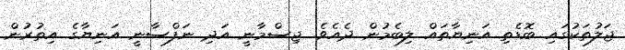
ޖަލުތަކުގައި ބޮޑެތި އަނިޔާތައް ލިބެމުން ދެއެވެ. ޖިސްމާނީ އަދި ނަފްސާނީ އަނިޔާގެ އިތުރުން